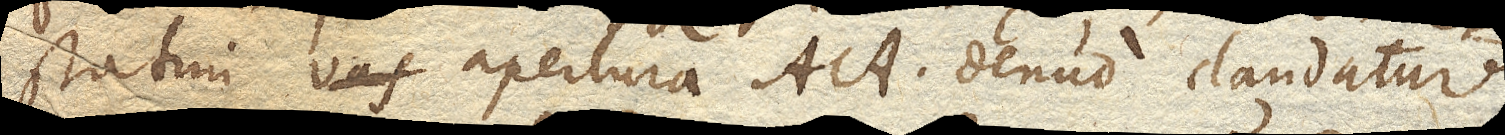
statim vas apertura AA. denuo claudatur,